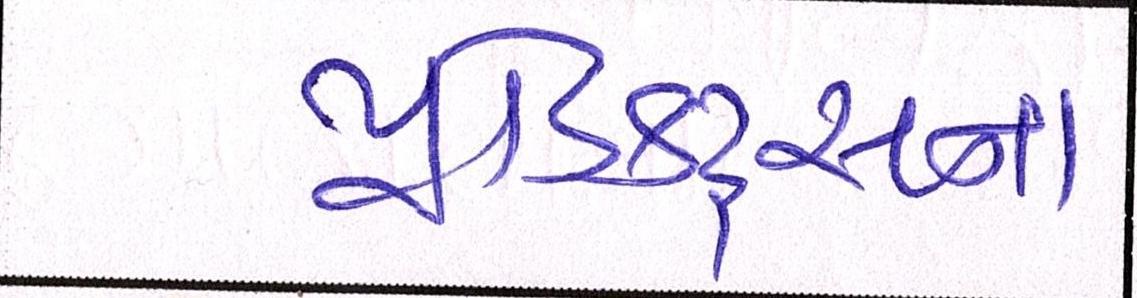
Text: પ્રોડક્ટ્સના